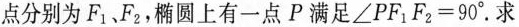
点分别为F_{1}、F_{2}，椭圆上有一点P满足$$\angle PF_{1}F_{2}=90^{\circ}.求